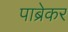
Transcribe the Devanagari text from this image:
पाब्रेकर